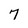
Character: 7